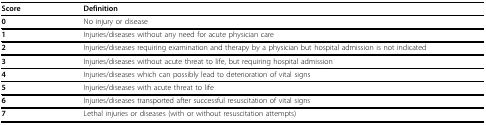
| Score | Definition |
 | --- | --- |
 | 0 | No injury or disease |
 | 1 | Injuries/diseases without any need for acute physician care |
 | 2 | Injuries/diseases requiring examination and therapy by a physician but hospital admission is not indicated |
 | 3 | Injuries/diseases without acute threat to life, but requiring hospital admission |
 | 4 | Injuries/diseases which can possibly lead to deterioration of vital signs |
 | 5 | Injuries/diseases with acute threat to life |
 | 6 | Injuries/diseases transported after successful resuscitation of vital signs |
 | 7 | Lethal injuries or diseases (with or without resuscitation attempts) |